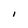
Character: l